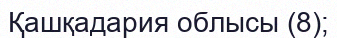
Қашқадария облысы (8);